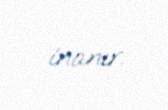
inanır.